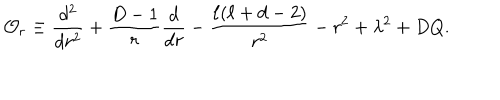
{ \cal O } _ { r } \equiv \frac { d ^ { 2 } } { d r ^ { 2 } } + \frac { D - 1 } { r } \frac { d } { d r } - \frac { \ell ( \ell + d - 2 ) } { r ^ { 2 } } - r ^ { 2 } + \lambda ^ { 2 } + D Q .